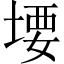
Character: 㙘